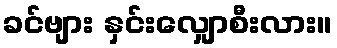
ခင်ဗျား နှင်းလျှောစီးလား။